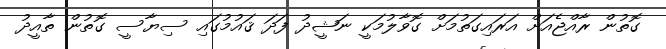
ގޮތުން ރާއްޖެއަށް އަރައިގަތުމަށް ގޮވާލުމަކީ ނަޝީދު ފަދަ ޤައުމުގައި ސިޔާސީ ގޮތުން ތާއީދު